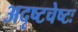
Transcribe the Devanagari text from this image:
अदृष्टचेष्टः